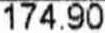
174.90